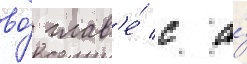
во́ глав'е́ с а́